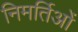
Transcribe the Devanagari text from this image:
निमर्तिओं